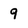
Character: 9